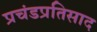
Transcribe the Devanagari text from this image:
प्रचंडप्रतिसाद